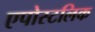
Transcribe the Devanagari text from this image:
एपोस्टलिक